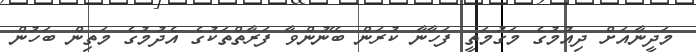
މަދީނާއަށް ދިއުމުގެ މަގުމަތީ ފަހާނާ ކުރަން ބޭނުންވާ ފަރާތްތަކުގެ އެދުމުގެ މަތިން ބަހުން